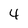
Character: 4